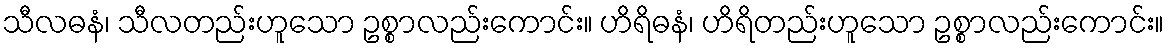
သီလဓနံ၊ သီလတည်းဟူသော ဥစ္စာလည်းကောင်း။ ဟိရိဓနံ၊ ဟိရိတည်းဟူသော ဥစ္စာလည်းကောင်း။